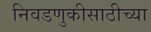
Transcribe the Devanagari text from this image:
निवडणुकीसाठीच्या